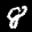
Label: 8